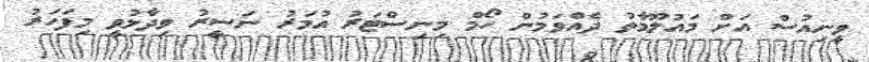
ވީނިއުސް އަށް މައުލޫމާތު ދެއްވަމުން ހޯމް މިނިސްޓަރު އުމަރު ނަސީރު ވިދާޅުވީ މިފަހަރު